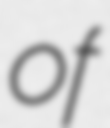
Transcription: of